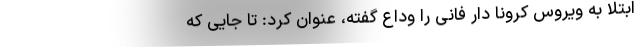
ابتلا به ویروس کرونا دار فانی را وداع گفته، عنوان کرد: تا جایی که